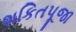
શકિતપૂજા